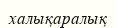
халықаралық